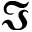
\Im